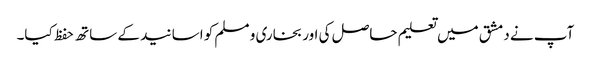
آپ نے دمشق میں تعلیم حاصل کی اور بخاری و مسلم کو اسانید کے ساتھ حفظ کیا۔